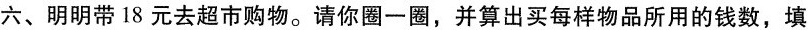
六、明明带18元去超市购物。请你圈一圈，并算出买每样物品所用的钱数，填